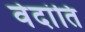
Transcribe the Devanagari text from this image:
वेदांति